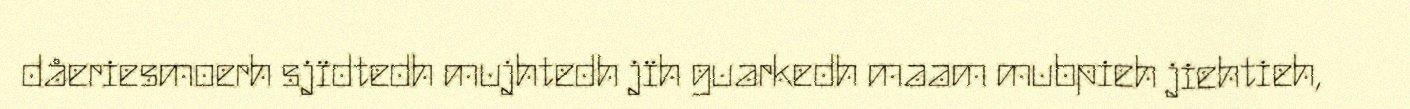
dåeriesmoerh sjïdtedh mujhtedh jïh guarkedh maam mubpieh jiehtieh,